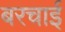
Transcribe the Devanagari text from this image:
बरचाई